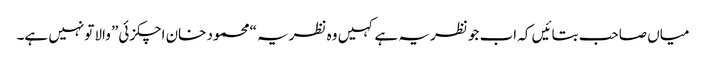
میاں صاحب بتائیں کہ اب جو نظریہ ہے کہیں وہ نظریہ “محمود خان اچکزئی” والا تونہیں ہے۔